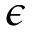
\epsilon